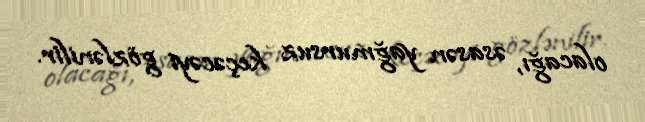
olacağı, əsasən yağmursuz keçəcəyi gözlənilir.